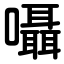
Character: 囁